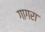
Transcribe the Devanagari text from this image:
गागरा